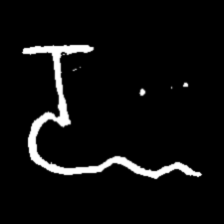
Pyu character \u2014 Myanmar letter: ဍ (romanized: dda)